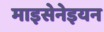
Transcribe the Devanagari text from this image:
माइसेनेइयन